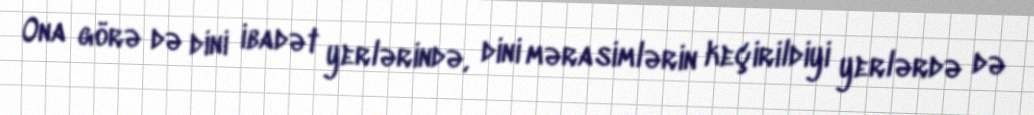
Ona görə də dini ibadət yerlərində, dini mərasimlərin keçirildiyi yerlərdə də